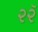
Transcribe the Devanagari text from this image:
२२ॅ